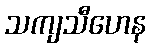
သကျသီဟေန